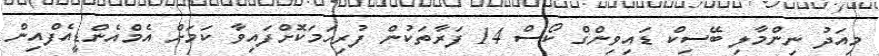
މިއަދު ނިންމާލި ބޭސިކް ޑައިވިންގް ކޯސް 14 ފަރާތަކުން ފުރިހަމަކޮށްފައިވާ ކަމަށް އެމްއެންޑީއެފްއިން